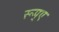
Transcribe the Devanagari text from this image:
रूप्ए